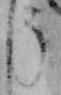
う